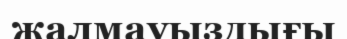
жалмауыздығы